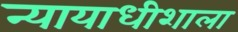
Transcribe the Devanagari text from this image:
न्यायाधीशाला